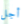
أجل